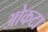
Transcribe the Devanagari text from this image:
ओकटा